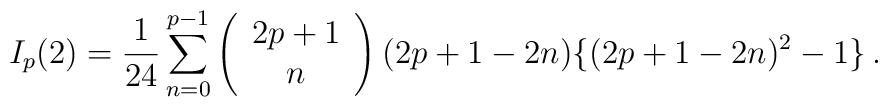
I_p(2) = \frac{1}{24}\sum_{n=0}^{p-1}\left( \begin{array}{c}  2p+1 \\ n \end{array}\right)(2p+1-2n)\{(2p+1-2n)^2-1\}\,.